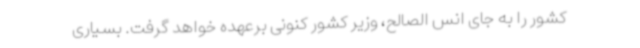
کشور را به جای انس الصالح، وزیر کشور کنونی برعهده خواهد گرفت. بسیاری